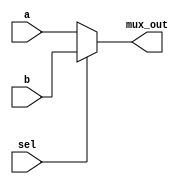
`timescale 1ns / 1ps
module mux1(
    input [3:0]a,b,
    input sel,
    output reg [3:0]mux_out 
       );
       
    always@(*)
    begin
        if(sel)
            mux_out<=b;
        else mux_out<=a;   
        end   
endmodule